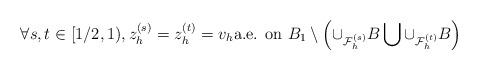
LaTeX: \begin{align*} \forall s, t \in [1/2,1), z_h^{(s)} = z_h^{(t)} = v_h \mbox{a.e. on } B_1 \setminus \left( \cup_{\mathcal{F}^{(s)}_h} B \bigcup \cup_{\mathcal{F}^{(t)}_h} B \right) \end{align*}